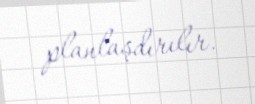
planlaşdırılır.